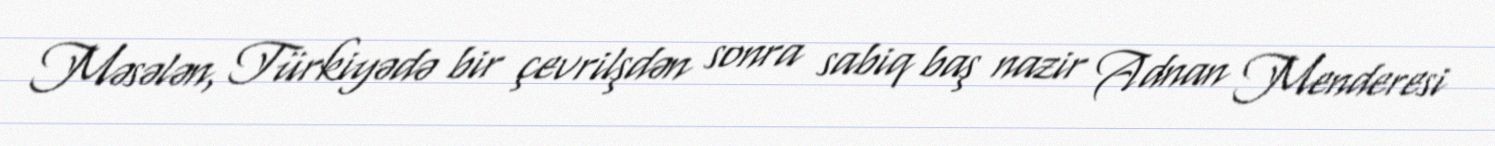
Məsələn, Türkiyədə bir çevrilşdən sonra sabiq baş nazir Adnan Menderesi